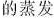
的蒸发